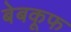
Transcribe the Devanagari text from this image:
बेबकूफ